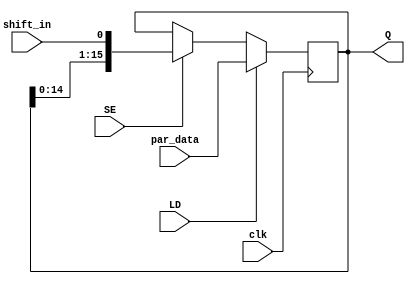
`timescale 1ns / 1ps
//////////////////////////////////////////////////////////////////////////////////
// Company: 
// Engineer: 
// 
// Design Name: 
// Module Name: adder
// Project Name: 
// Target Devices: 
// Tool Versions: 
// Description: 
// 
// Dependencies: 
// 
// Revision:
// Revision 0.01 - File Created
// Additional Comments:
// 
//////////////////////////////////////////////////////////////////////////////////

// shift register for the dividend/quotient
module shift_regQ(
    input [15:0]par_data,
    input LD,
    input SE,
    input shift_in,
    input clk,
    output reg [15:0]Q
    );
    initial Q = 0;
    always @ (posedge clk)
begin
    if (LD) Q <= par_data;  // If load is enabled, the input(dividend)
                            // is passed to the ouput of the flip-flop
    
    else if (SE) Q <= {Q[14:0], shift_in};   // If shift is enabled, the output gets
                                            // shifted with the carry-out from adder
end
endmodule